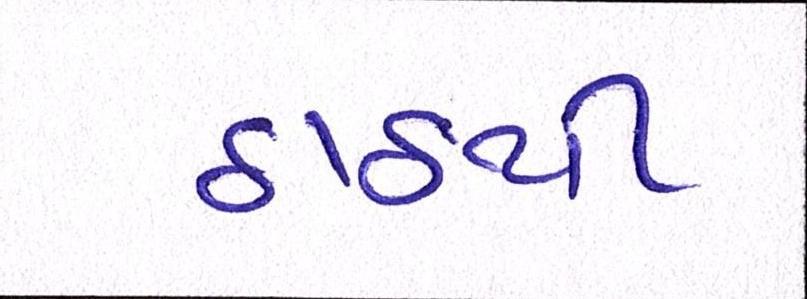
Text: ઠાઠથી